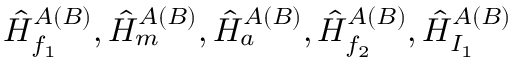
\hat { H } _ { f _ { 1 } } ^ { A ( B ) } , \hat { H } _ { m } ^ { A ( B ) } , \hat { H } _ { a } ^ { A ( B ) } , \hat { H } _ { f _ { 2 } } ^ { A ( B ) } , \hat { H } _ { I _ { 1 } } ^ { A ( B ) }